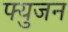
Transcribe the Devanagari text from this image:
फ्युजन